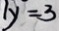
y = 3